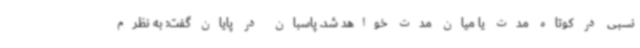
نسبی در کوتاه مدت یا میان مدت خواهد شد. پاسبان در پایان گفت: به نظرم